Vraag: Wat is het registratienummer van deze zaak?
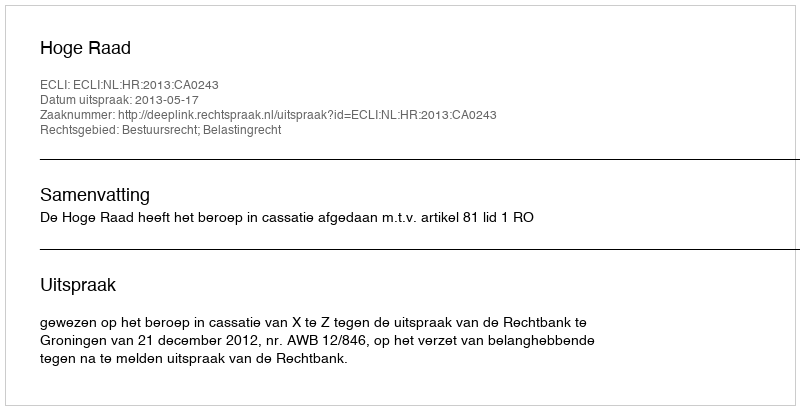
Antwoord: http://deeplink.rechtspraak.nl/uitspraak?id=ECLI:NL:HR:2013:CA0243